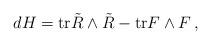
LaTeX: \begin{align*}d H = \hbox{tr} \tilde R\wedge \tilde R - \hbox{tr} F\wedge F \,,\end{align*}